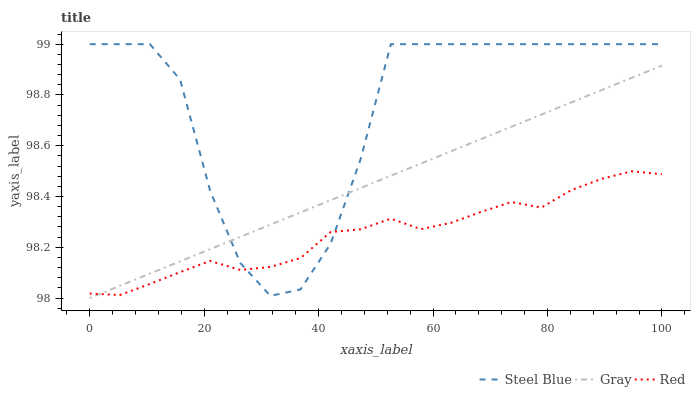
| xaxis_label | Steel Blue | Gray | Red |
 | --- | --- | --- | --- |
 | 0 | 99 | 98 | 98 |
 | 5.26 | 99 | 98 | 98 |
 | 10.5 | 99 | 98.1 | 98.1 |
 | 15.8 | 98.9 | 98.1 | 98.1 |
 | 21.1 | 98.4 | 98.2 | 98.1 |
 | 26.3 | 98.1 | 98.2 | 98.1 |
 | 31.6 | 98 | 98.3 | 98.1 |
 | 36.8 | 98 | 98.3 | 98.2 |
 | 42.1 | 98.2 | 98.4 | 98.3 |
 | 47.4 | 98.5 | 98.4 | 98.3 |
 | 52.6 | 99 | 98.5 | 98.3 |
 | 57.9 | 99 | 98.5 | 98.3 |
 | 63.2 | 99 | 98.6 | 98.3 |
 | 68.4 | 99 | 98.6 | 98.3 |
 | 73.7 | 99 | 98.7 | 98.4 |
 | 78.9 | 99 | 98.7 | 98.4 |
 | 84.2 | 99 | 98.8 | 98.4 |
 | 89.5 | 99 | 98.8 | 98.5 |
 | 94.7 | 99 | 98.9 | 98.5 |
 | 100 | 99 | 98.9 | 98.5 |